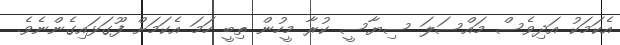
އެކަމަކު އަދިވެސް މައްސަލަ ސިޔާސީ ކުރާ މީހުން ތިބީ ހަމަ އެކަމަށް ފޫގަޅައިގެންނެވެ.